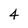
Character: 4